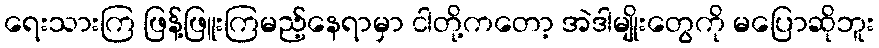
ရေးသားကြ ဖြန့်ဖြူးကြမည့်နေရာမှာ ငါတို့ကတော့ အဲဒါမျိုးတွေကို မပြောဆိုဘူး